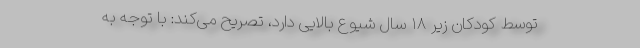
توسط کودکان زیر ۱۸ سال شیوع بالایی دارد، تصریح می‌کند: با توجه به